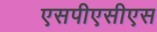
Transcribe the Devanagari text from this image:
एसपीएसीएस